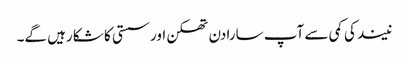
نیند کی کمی سے آپ سارا دن تھکن اور سستی کا شکا رہیں گے۔